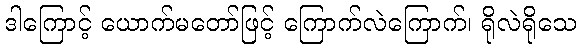
ဒါကြောင့် ယောက်မတော်ဖြင့် ကြောက်လဲကြောက်၊ ရိုလဲရိုသေ